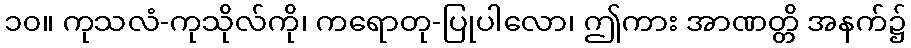
၁၀။ ကုသလံ-ကုသိုလ်ကို၊ ကရောတု-ပြုပါလော၊ ဤကား အာဏတ္တိ အနက်၌